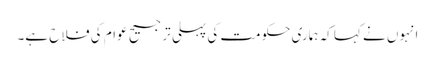
انہوں نے کہا کہ ہماری حکومت کی پہلی ترجیح عوام کی فلاح ہے۔